Destruction of fleas by exposure to the sun - Number 40
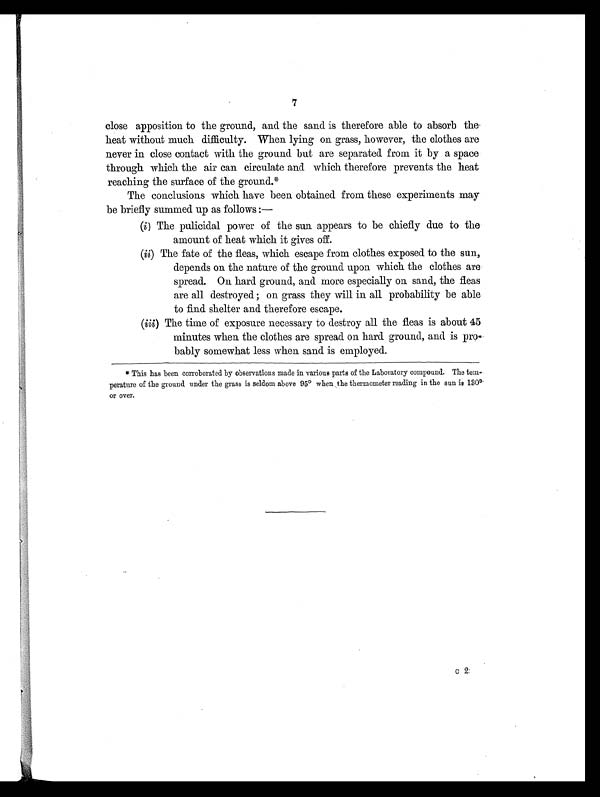
7
close apposition to the ground, and the sand is therefore able to absorb the
heat without much difficulty. When lying on grass, however, the clothes are
never in close contact with the ground but are separated from it by a space
through which the air can circulate and which therefore prevents the heat
reaching the surface of the ground.*
The conclusions which have been obtained from these experiments may
be briefly summed up as follows :—
(i) The pulicidal power of the sun appears to be chiefly due to the
amount of heat which it gives off.
(ii) The fate of the fleas, which escape from clothes exposed to the sun,
depends on the nature of the ground upon which the clothes are
spread. On hard ground, and more especially on sand, the fleas
are all destroyed ; on grass they will in all probability be able
to find shelter and therefore escape.
(iii) The time of exposure necessary to destroy all the fleas is about 45
minutes when the clothes are spread on hard ground, and is pro
bably somewhat less when sand is employed.
* This has been corroborated by observations made in various parts of the Laboratory compound. The tem-
perature of the ground under the grass is seldom above 95° when the thermometer reading in the sun is 13
0 º
Oro v e r .
c 2 :